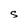
Character: S